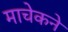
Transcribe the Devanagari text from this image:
माचेकने